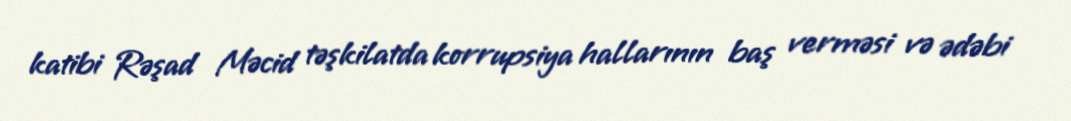
katibi Rəşad Məcid təşkilatda korrupsiya hallarının baş verməsi və ədəbi